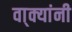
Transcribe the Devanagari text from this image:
वा्क्यांनी